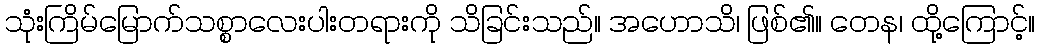
သုံးကြိမ်မြောက်သစ္စာလေးပါးတရားကို သိခြင်းသည်။ အဟောသိ၊ ဖြစ်၏။ တေန၊ ထို့ကြောင့်။